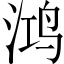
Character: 鸿